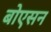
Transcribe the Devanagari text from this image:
बोएसन